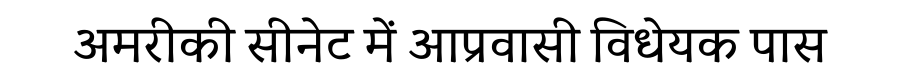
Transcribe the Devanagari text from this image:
अमरीकी सीनेट में आप्रवासी विधेयक पास